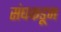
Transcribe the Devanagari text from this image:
संघकडून